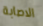
الاصابة